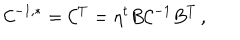
{ \cal C } ^ { - 1 , * } = { \cal C } ^ { T } = \eta ^ { t } B { \cal C } ^ { - 1 } B ^ { T } \, ,